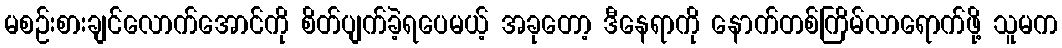
မစဉ်းစားချင်လောက်အောင်ကို စိတ်ပျက်ခဲ့ရပေမယ့် အခုတော့ ဒီနေရာကို နောက်တစ်ကြိမ်လာရောက်ဖို့ သူမက